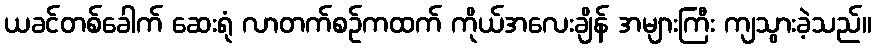
ယခင်တစ်ခေါက် ဆေးရုံ လာတက်စဉ်ကထက် ကိုယ်အလေးချိန် အများကြီး ကျသွားခဲ့သည်။